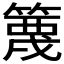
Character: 𬕭